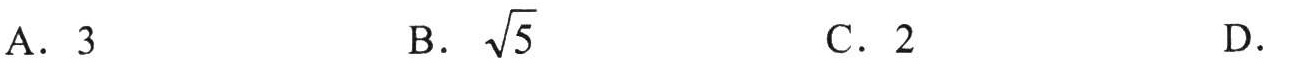
A. \(3\)  \(\qquad\) B. \(\sqrt{5}\)  \(\qquad\) C. \(2\)  \(\qquad\) D.